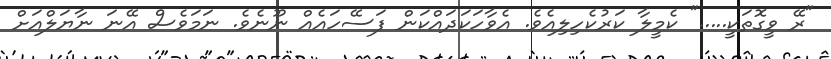
"ރޭ ވީގޮތަކީ....." ކެމީލާ ކަރުކެހިލިއެވެ. އެވާހަކަދައްކަން ފަސޭހައެއް ނޫނެވެ. ނަމަވެސް އޭނަ ނާޔަލްއަށް